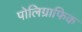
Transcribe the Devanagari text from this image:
पोलिग्राफिक